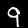
Digit: 9